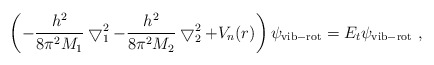
\begin{align*}\left(-\frac{h^2}{8\pi^2 M_1}\bigtriangledown _1^2-\frac{h^2}{8\pi^2 M_2}\bigtriangledown _2^2+V_n(r)\right)\psi_{\rm vib-rot}=E_t\psi_{\rm vib-rot}~,\end{align*}